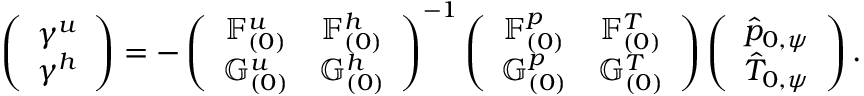
\left( \begin{array} { c } { \gamma ^ { u } } \\ { \gamma ^ { h } } \end{array} \right) = - \left( \begin{array} { c c } { \mathbb { F } _ { ( 0 ) } ^ { u } } & { \mathbb { F } _ { ( 0 ) } ^ { h } } \\ { \mathbb { G } _ { ( 0 ) } ^ { u } } & { \mathbb { G } _ { ( 0 ) } ^ { h } } \end{array} \right) ^ { - 1 } \left( \begin{array} { c c } { \mathbb { F } _ { ( 0 ) } ^ { p } } & { \mathbb { F } _ { ( 0 ) } ^ { T } } \\ { \mathbb { G } _ { ( 0 ) } ^ { p } } & { \mathbb { G } _ { ( 0 ) } ^ { T } } \end{array} \right) \left( \begin{array} { c } { \hat { p } _ { 0 , \psi } } \\ { \hat { T } _ { 0 , \psi } } \end{array} \right) .